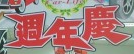
周年庆